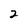
Character: 2